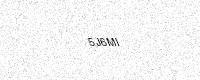
Text: 5J6MI